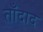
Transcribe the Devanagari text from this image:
ताँदाद